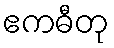
ဧကဓီတု